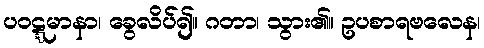
ပဝဋ္ဋမာနာ၊ ခွေလိပ်၍။ ဂတာ၊ သွား၏။ ဥပစာရဗလေန၊